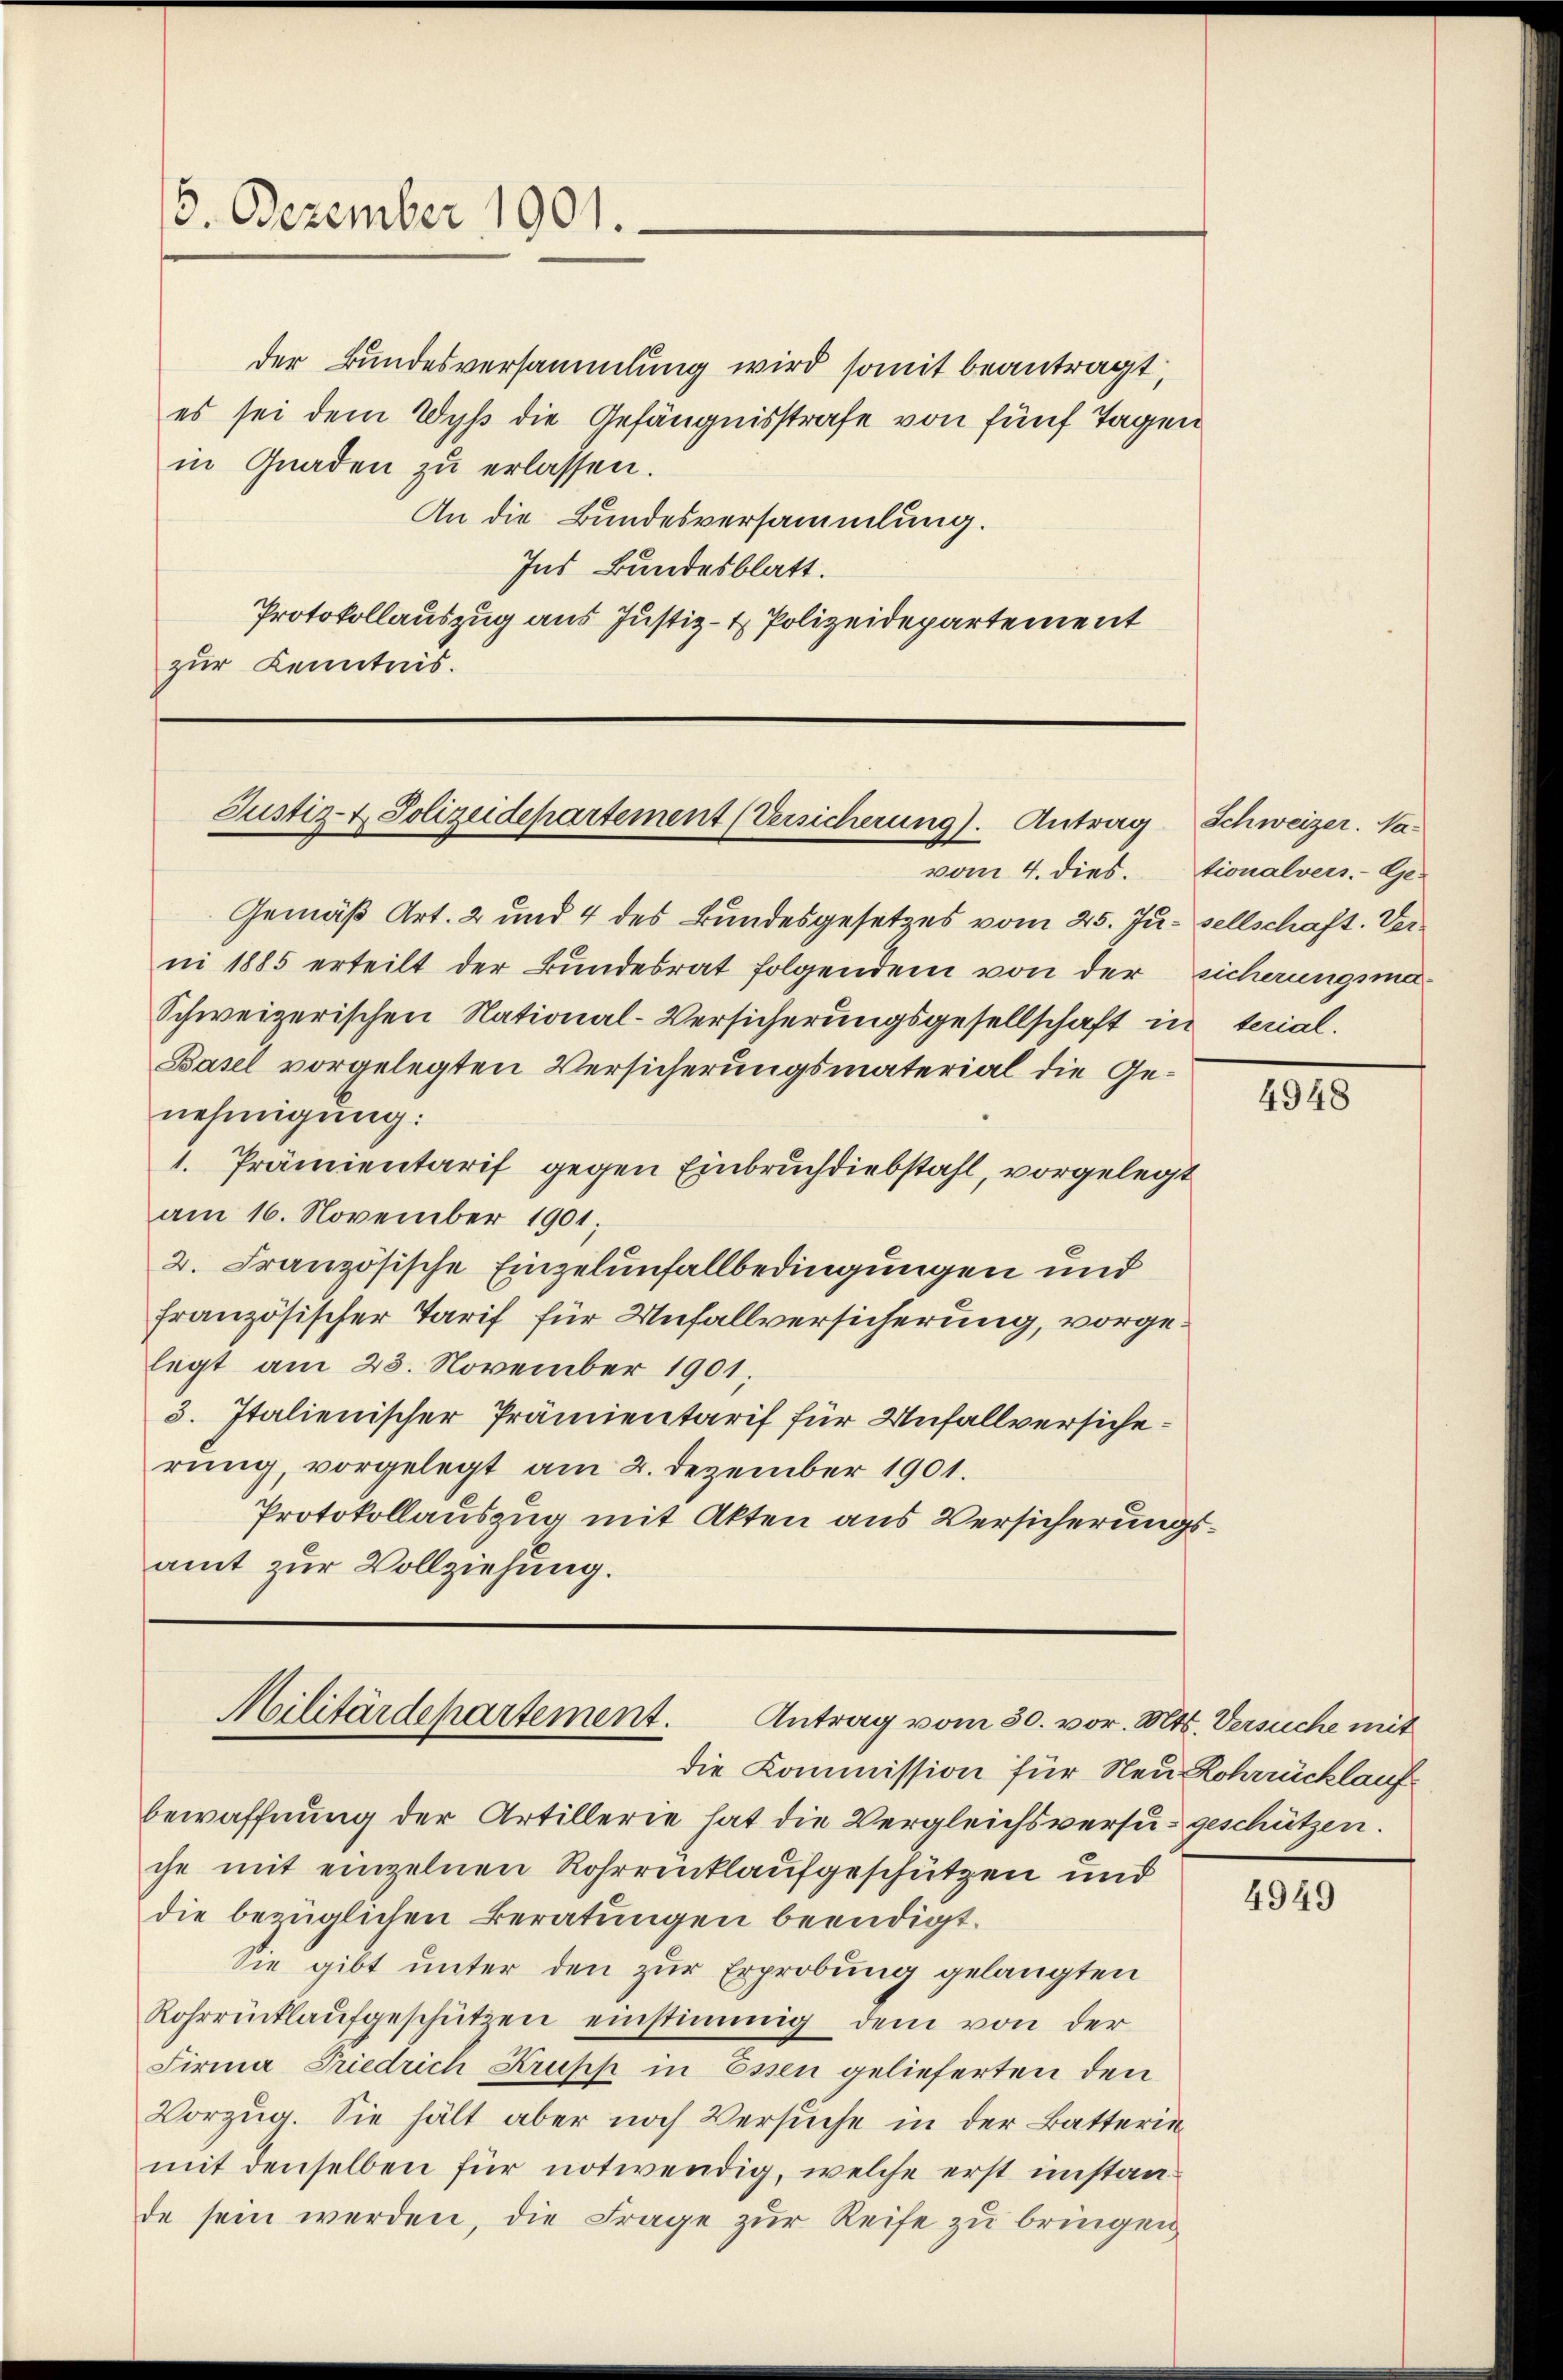
16. Dezember 1901.

der Bundesversammlung wird somit beantragt,
es sei dem Wyß die Gefängnisstrafe von fünf Tagen
in Gnaden zu erlassen.
An die Bundesversammlung.
Ins Bundesblatt.
Protokollauszug aus Justiz- & Polizeidepartement
zur Kenntnis.

Justiz- & Polizeidepartement (Versicherung). Antrag Schweizer. Na
vom 4. dies.

Gemäß Art. 2 und 4 des Bundesgesetzes vom 25. Ju. sellschaft. Verni 1885 erteilt der Bundesrat folgendem von der sicherungsma¬
Schweizerischen National-Versicherungsgesellschaft in terial.
Basel vorgelegten Versicherungsmaterial die Genehmigung:
1. Prämientarif gegen Einbruchdiebstahl, vorgelegt
am 16. November 1901;
2. Französische Einzelunfallbedingungen und
französischer Tarif für Unfallversicherung, vorgelegt am 23. November 1901,
3. Italienischer Prämientarif für Unfallversicherŭng, vorgelegt am 2. Dezember 1901.
Protokollauszug mit Akten aus Versicherungsamt zur Vollziehung.

Militärdepartement. Antrag vom 30. vor. Mts. Versuche mit

die Kommission für Neu Rohrücklauf
bewaffnung der Artillerie hat die Vergleichsversu- geschützen.
che mit einzelnen Rohrrücklaufgeschützen und
die bezüglichen Beratungen beendigt.
Sie gibt unter den zur Erprobung gelangten
Rohrrücklaŭfgeschützen einstimmig dem von der
Firma Friedrich Krupp in Essen gelieferten den
Vorzug. Sie hält aber noch Versuche in der Batterin
mit denselben für notwendig, welche erst imstande sein werden, die Frage zur Reife zu bringen

tionalvers. Ge-

4948

4949